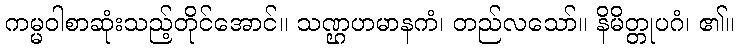
ကမ္မဝါစာဆုံးသည့်တိုင်အောင်။ သဏ္ဌဟမာနကံ၊ တည်လသော်။ နိမိတ္တုပဂံ၊ ၏။